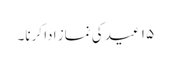
۱۵ عید کی نماز ادا کرنا۔